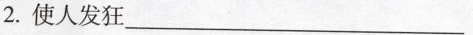
2.使人发狂___